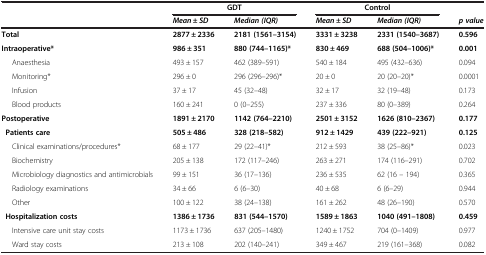
<table><thead><tr><td><b> </b></td><td colspan="2"><b>GDT</b></td><td colspan="2"><b>Control</b></td><td><b> </b></td></tr><tr><td><b> </b></td><td><b><i>Mean ± SD</i></b></td><td><b><i>Median (IQR)</i></b></td><td><b><i>Mean ± SD</i></b></td><td><b><i>Median (IQR)</i></b></td><td><b><i>p value</i></b></td></tr></thead><tbody><tr><td><b>Total</b></td><td><b>2877 ± 2336</b></td><td><b>2181 (1561–3154)</b></td><td><b>3331 ± 3238</b></td><td><b>2331 (1540–3687)</b></td><td><b>0.596</b></td></tr><tr><td><b>Intraoperative*</b></td><td><b>986 ± 351</b></td><td><b>880 (744–1165)*</b></td><td><b>830 ± 469</b></td><td><b>688 (504–1006)*</b></td><td><b>0.001</b></td></tr><tr><td>Anaesthesia</td><td>493 ± 157</td><td>462 (389–591)</td><td>540 ± 184</td><td>495 (432–636)</td><td>0.094</td></tr><tr><td>Monitoring*</td><td>296 ± 0</td><td>296 (296–296)*</td><td>20 ± 0</td><td>20 (20–20)*</td><td>0.0001</td></tr><tr><td>Infusion</td><td>37 ± 17</td><td>45 (32–48)</td><td>32 ± 17</td><td>32 (19–48)</td><td>0.173</td></tr><tr><td>Blood products</td><td>160 ± 241</td><td>0 (0–255)</td><td>237 ± 336</td><td>80 (0–389)</td><td>0.264</td></tr><tr><td><b>Postoperative</b></td><td><b>1891 ± 2170</b></td><td><b>1142 (764–2210)</b></td><td><b>2501 ± 3152</b></td><td><b>1626 (810–2367)</b></td><td><b>0.177</b></td></tr><tr><td> <b>Patients care</b></td><td><b>505 ± 486</b></td><td><b>328 (218–582)</b></td><td><b>912 ± 1429</b></td><td><b>439 (222–921)</b></td><td><b>0.125</b></td></tr><tr><td>Clinical examinations/procedures*</td><td>68 ± 177</td><td>29 (22–41)*</td><td>212 ± 593</td><td>38 (25–86)*</td><td>0.023</td></tr><tr><td>Biochemistry</td><td>205 ± 138</td><td>172 (117–246)</td><td>263 ± 271</td><td>174 (116–291)</td><td>0.702</td></tr><tr><td>Microbiology diagnostics and antimicrobials</td><td>99 ± 151</td><td>36 (17–136)</td><td>236 ± 535</td><td>62 (16 – 194)</td><td>0.365</td></tr><tr><td>Radiology examinations</td><td>34 ± 66</td><td>6 (6–30)</td><td>40 ± 68</td><td>6 (6–29)</td><td>0.944</td></tr><tr><td>Other</td><td>100 ± 122</td><td>38 (24–138)</td><td>161 ± 262</td><td>48 (26–190)</td><td>0.570</td></tr><tr><td> <b>Hospitalization costs</b></td><td><b>1386 ± 1736</b></td><td><b>831 (544–1570)</b></td><td><b>1589 ± 1863</b></td><td><b>1040 (491–1808)</b></td><td><b>0.459</b></td></tr><tr><td>Intensive care unit stay costs</td><td>1173 ± 1736</td><td>637 (205–1480)</td><td>1240 ± 1752</td><td>704 (0–1409)</td><td>0.977</td></tr><tr><td>Ward stay costs</td><td>213 ± 108</td><td>202 (140–241)</td><td>349 ± 467</td><td>219 (161–368)</td><td>0.082</td></tr></tbody></table>